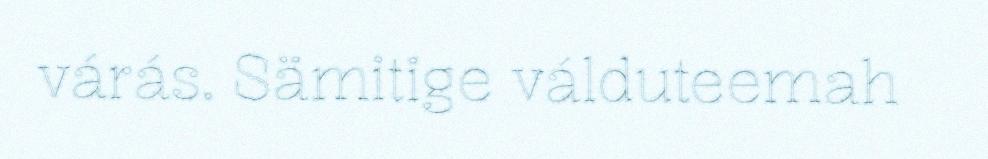
várás. Sämitige válduteemah